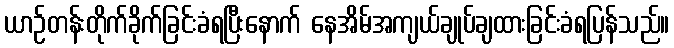
ယာဉ်တန်းတိုက်ခိုက်ခြင်းခံရပြီးနောက် နေအိမ်အကျယ်ချုပ်ချထားခြင်းခံရပြန်သည်။